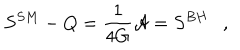
LaTeX: S ^ { S M } - Q = { \frac { 1 } { 4 G } } { \cal A } = S ^ { B H } ,